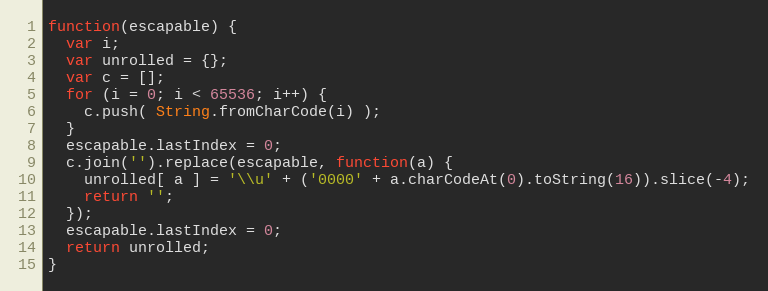
Language: JavaScript
function(escapable) {
  var i;
  var unrolled = {};
  var c = [];
  for (i = 0; i < 65536; i++) {
    c.push( String.fromCharCode(i) );
  }
  escapable.lastIndex = 0;
  c.join('').replace(escapable, function(a) {
    unrolled[ a ] = '\\u' + ('0000' + a.charCodeAt(0).toString(16)).slice(-4);
    return '';
  });
  escapable.lastIndex = 0;
  return unrolled;
}